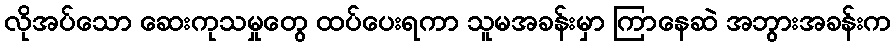
လိုအပ်သော ဆေးကုသမှုတွေ ထပ်ပေးရကာ သူမအခန်းမှာ ကြာနေဆဲ အဘွားအခန်းက